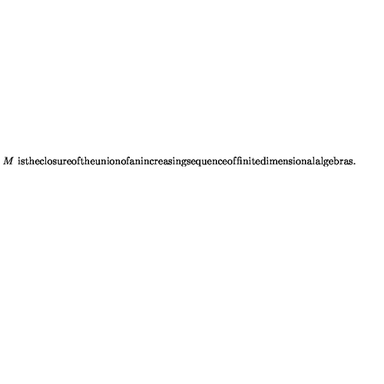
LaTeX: \begin{matrix} { } & { M \ \mathrm { i s t h e c l o s u r e o f t h e u n i o n o f a n i n c r e a s i n g s e q u e n c e o f } } \\ { } & { \mathrm { f i n i t e d i m e n s i o n a l a l g e b r a s . } \hfill } \\ \end{matrix}